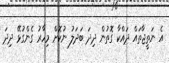
އެ ނަތީޖާތައް ދައްކާ ގޮތުން ދިދަ ބަދަލު ނުކޮށް މިހާރު ގެންގުޅޭ ދިދަ